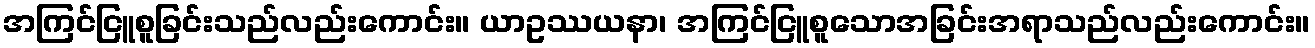
အကြင်ငြူစူခြင်းသည်လည်းကောင်း။ ယာဥဿယနာ၊ အကြင်ငြူစူသောအခြင်းအရာသည်လည်းကောင်း။